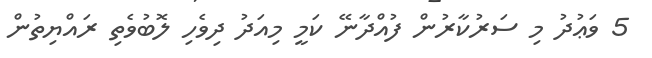
5 ވަޢުދު މި ސަރުކާރުން ފުއްދާނޭ ކަމީ މިއަދު ދިވެހި ލޮބުވެތި ރައްޔިތުން